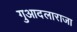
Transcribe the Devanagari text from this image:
गुआदलाराजा